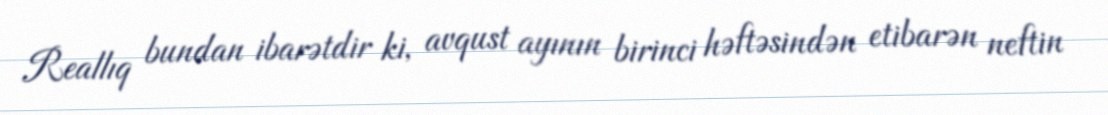
Reallıq bundan ibarətdir ki, avqust ayının birinci həftəsindən etibarən neftin